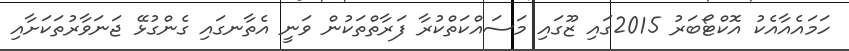
ހަމައެއާއެކު އޮކްޓޯބަރު 2015ގައި ޒޫގައި މަސައްކަތްކުރާ ފަރާތްތަކުން ވަނީ އެތާނގައި ގެންގުޅޭ ޖަނަވާރުތަކަށާއި